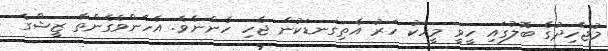
މުޖާހިދުގެ ބޮލުގައި ހީވީ މީހަކު ހަރު އެތިގަނޑަކުން ޖެހި ހެންނެވެ. އެހެންވެގެންތާ ޒީޝްގެ